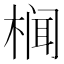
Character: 𮲷